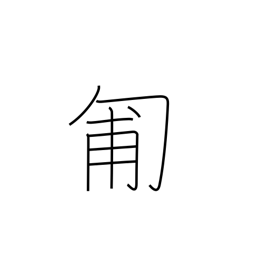
Meaning: crawl